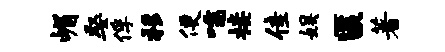
嵋娶俘移便嚅接佳娱匿著